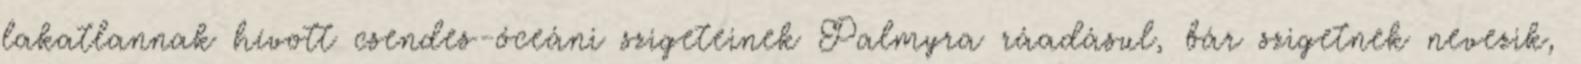
lakatlannak hívott csendes-óceáni szigeteinek Palmyra ráadásul, bár szigetnek nevezik,